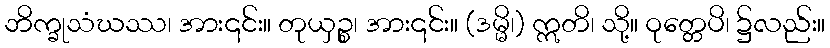
ဘိက္ခုသံဃဿ၊ အား၎င်း။ တုယှဉ္စ၊ အား၎င်း။ (ဒမ္မိ၊) ဣတိ၊ သို့။ ဝုတ္တေပိ၊ ၌လည်း။